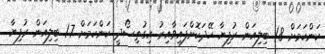
ކަންކަމަށް 1.8 ބިލިއަން ރުފިޔާ ހޭދަކޮށްފައިވާއިރު އިގުތިސޯދީ ކަންކަމަށް 1.7 ބިލިއަން ރުފިޔާ